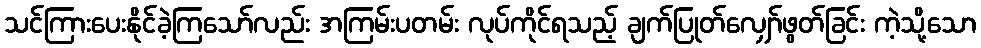
သင်ကြားပေးနိုင်ခဲ့ကြသော်လည်း အကြမ်းပတမ်း လုပ်ကိုင်ရသည့် ချက်ပြုတ်လျှော်ဖွတ်ခြင်း ကဲ့သို့သော